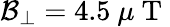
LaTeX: \mathcal{B}_{\perp}=4.5~\mu\mathrm{~T~}